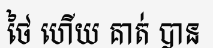
ថៃ ហើយ គាត់ បាន